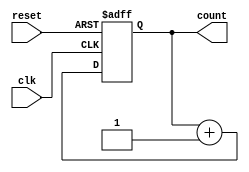
module counter (count, clk, reset);
output [7:0] count;
input clk, reset;

reg [7:0] count;

always @ (posedge clk or posedge reset)
  if (reset)
     count = 8'h00;
  else
     count <= count + 8'h01;
     
endmodule